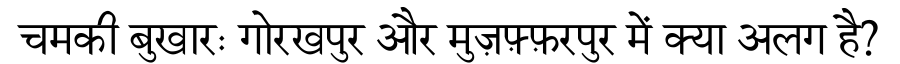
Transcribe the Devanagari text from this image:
चमकी बुखारः गोरखपुर और मुज़फ़्फ़रपुर में क्या अलग है?